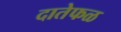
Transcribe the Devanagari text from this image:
दातेफळ